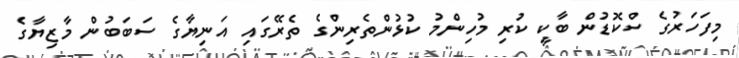
މިފަހަރުގެ ސްކޮޑުން ބާކީ ކުރި މުހިންމު ކުޅުންތެރިންގެ ތެރޭގައި އަނިޔާގެ ސަބަބުން މާޒިޔާގެ